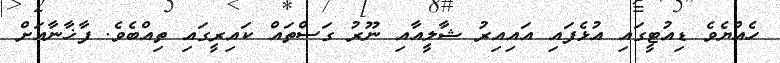
ހެއްޔެވެ ޑިއުޓީގައި އުޅެފައި އައިއިރު ޝާލީއާއި ނޫރު ގަސްތައް ކައިރީގައި ތިއްބެވެ. ފާޚާނާއަށް